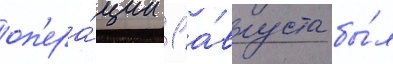
оп'ера́ции 1 а́вгуста бы́л